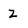
Character: z